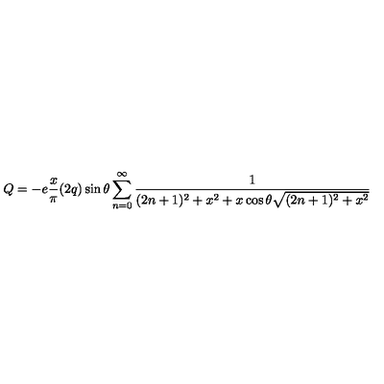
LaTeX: Q = - e \frac { x } { \pi } ( 2 q ) \sin \theta \sum _ { n = 0 } ^ { \infty } { \frac { 1 } { ( 2 n + 1 ) ^ { 2 } + x ^ { 2 } + x \cos \theta \sqrt { ( 2 n + 1 ) ^ { 2 } + x ^ { 2 } } } }